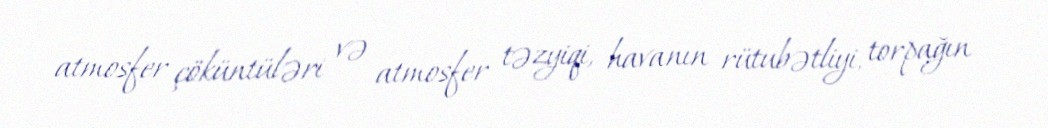
atmosfer çöküntüləri və atmosfer təzyiqi, havanın rütubətliyi, torpağın